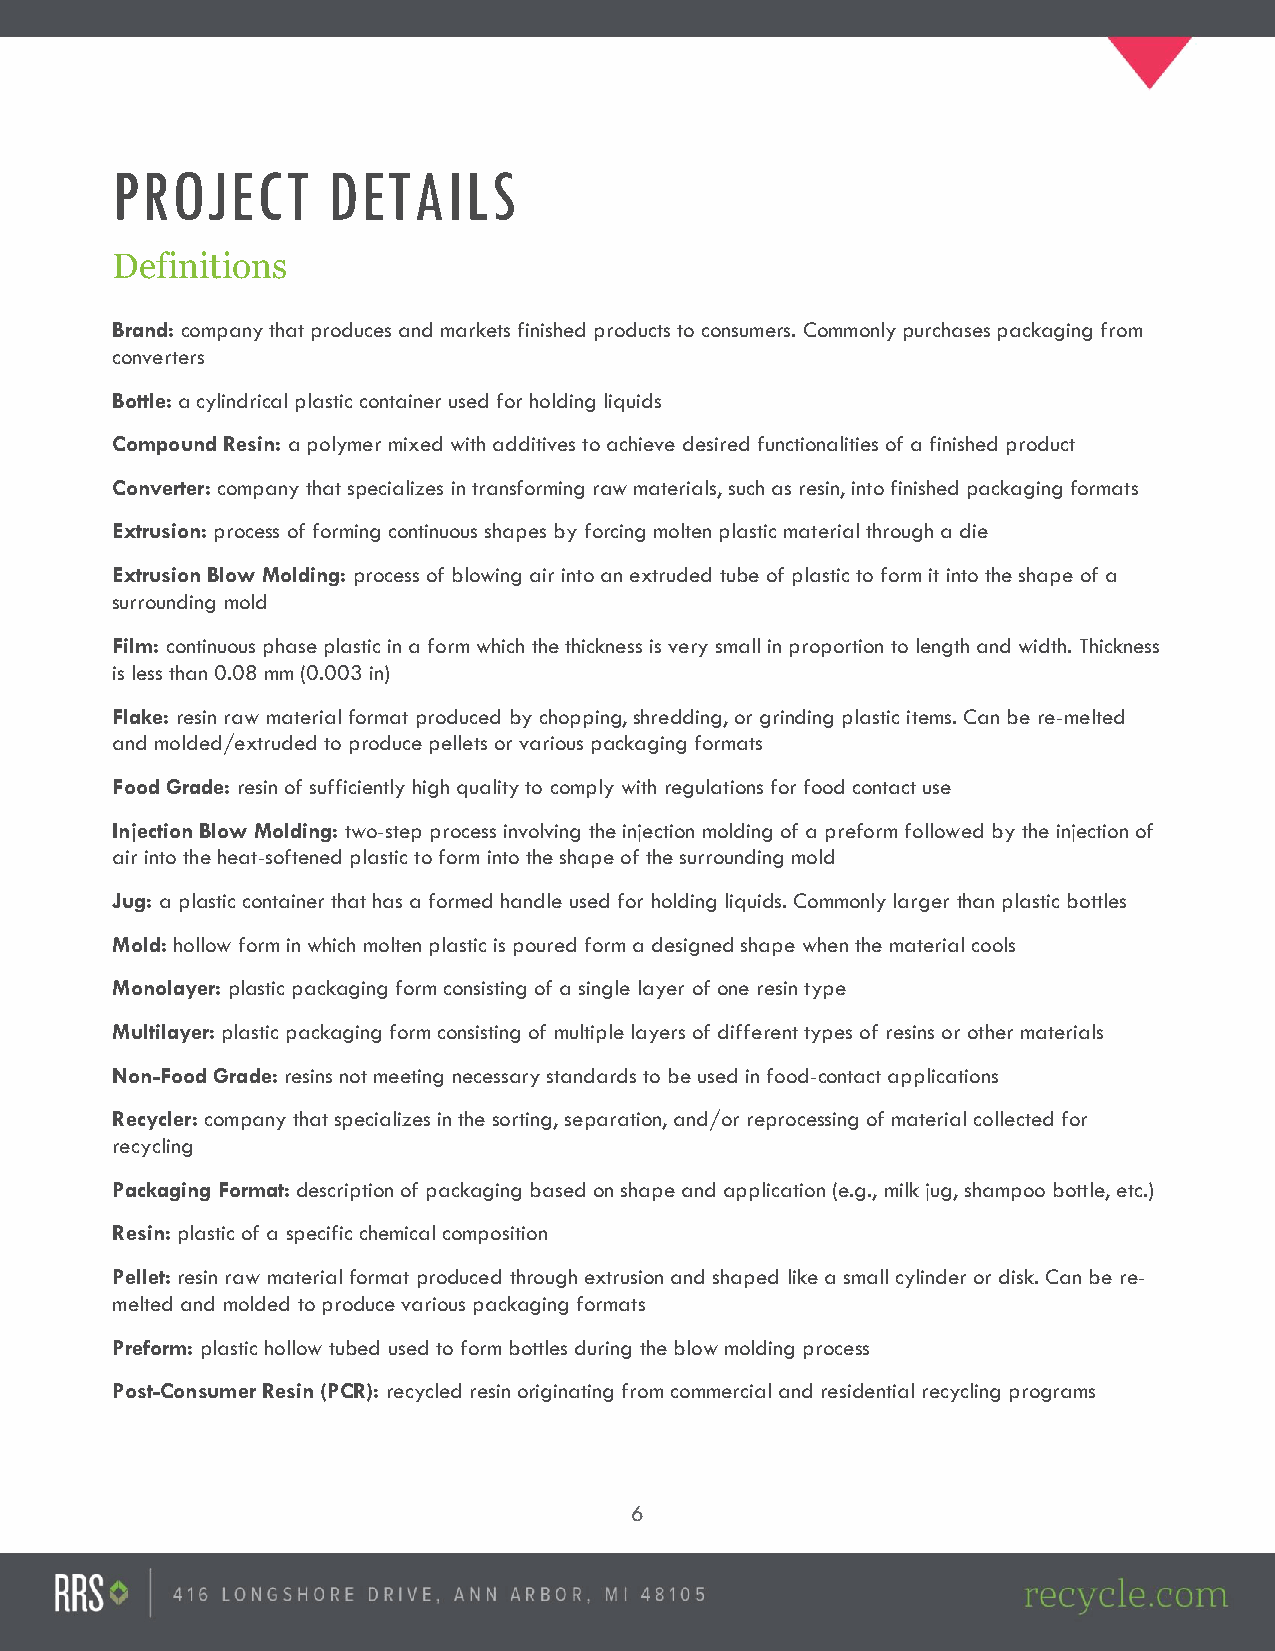
PROJECT        DETAILS
 Definitions
 Brand: company that produces and markets finished products to consumers. Commonly purchases packaging from
 converters
 Bottle: a cylindrical plastic container used for holding liquids
 Compound Resin: a polymer mixed with additives to achieve desired functionalities of a finished product
 Converter: company that specializes in transforming raw materials, such as resin, into finished packaging formats
 Extrusion: process of forming continuous shapes by forcing molten plastic material through a die
 Extrusion Blow Molding: process of blowing air into an extruded tube of plastic to form it into the shape of a
 surrounding mold
 Film: continuous phase plastic in a form which the thickness is very small in proportion to length and width. Thickness
 is less than 0.08 mm (0.003 in)
 Flake: resin raw material format produced by chopping, shredding, or grinding plastic items. Can be re-melted
 and molded/extruded to produce pellets or various packaging formats
 Food Grade: resin of sufficiently high quality to comply with regulations for food contact use
 Injection Blow Molding: two-step process involving the injection molding of a preform followed by the injection of
 air into the heat-softened plastic to form into the shape of the surrounding mold
 Jug: a plastic container that has a formed handle used for holding liquids. Commonly larger than plastic bottles
 Mold: hollow form in which molten plastic is poured form a designed shape when the material cools
 Monolayer: plastic packaging form consisting of a single layer of one resin type
 Multilayer: plastic packaging form consisting of multiple layers of different types of resins or other materials
 Non-Food Grade: resins not meeting necessary standards to be used in food-contact applications
 Recycler: company that specializes in the sorting, separation, and/or reprocessing of material collected for
 recycling
 Packaging Format: description of packaging based on shape and application (e.g., milk jug, shampoo bottle, etc.)
 Resin: plastic of a specific chemical composition
 Pellet: resin raw material format produced through extrusion and shaped like a small cylinder or disk. Can be re-
 melted and molded to produce various packaging formats
 Preform: plastic hollow tubed used to form bottles during the blow molding process
 Post-Consumer Resin (PCR): recycled resin originating from commercial and residential recycling programs
 6